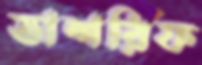
তাশরিফ